Indian journal of veterinary science and animal husbandry - Volumes 22-23, 1952-1953
Year: 1952
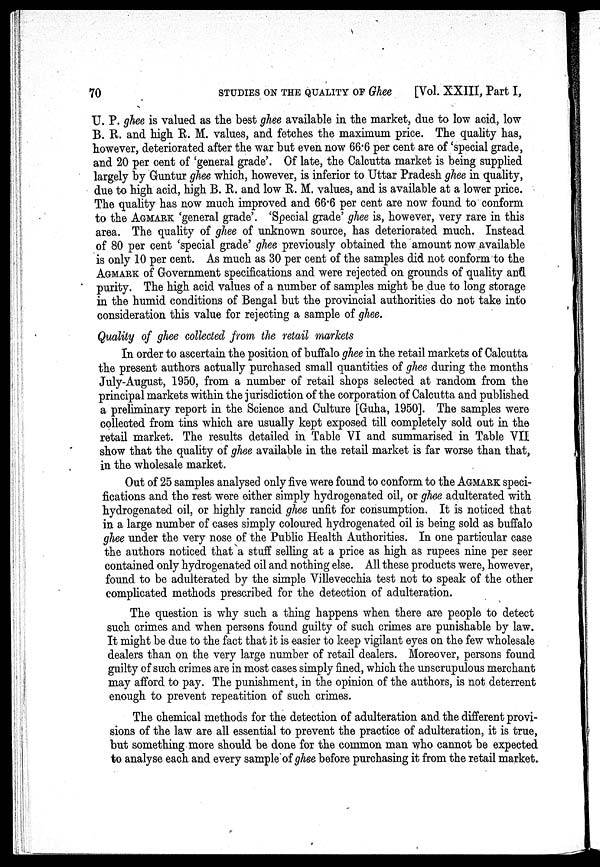
70
STUDIES
ON
THE
QUALITY
OF
Ghee [Vol. XXIII, Part I,
U. P. ghee is valued as the best ghee available in the market, due to low acid, low
B. R. and high R. M. values, and fetches the maximum price. The quality has,
however, deteriorated after the war but even now 66.6 per cent are of 'special grade,
and 20 per cent of 'general grade'. Of late, the Calcutta market is being supplied
largely by Guntur ghee which, however, is inferior to Uttar Pradesh ghee in quality,
due to high acid, high B. R. and low R. M. values, and is available at a lower price.
The quality has now much improved and 66.6 per cent are now found to conform
to the AGMARK 'general grade'. 'Special grade' ghee is, however, very rare in this
area. The quality of ghee of unknown source, has deteriorated much. Instead
of 80 per cent 'special grade' ghee previously obtained the amount now available
is only 10 per cent. As much as 30 per cent of the samples did not conform to the
AGMARK of Government specifications and were rejected on grounds of quality and
purity. The high acid values of a number of samples might be due to long storage
in the humid conditions of Bengal but the provincial authorities do not take into
consideration this value for rejecting a sample of ghee.
Quality of ghee collected from the retail markets
In order to ascertain the position of buffalo ghee in the retail markets of Calcutta
the present authors actually purchased small quantities of ghee during the months
July-August, 1950, from a number of retail shops selected at random from the
principal markets within the jurisdiction of the corporation of Calcutta and published
a preliminary report in the Science and Culture [Guha, 1950]. The samples were
collected from tins which are usually kept exposed till completely sold out in the
retail market. The results detailed in Table VI and summarised in Table VII
show that the quality of ghee available in the retail market is far worse than that,
in the wholesale market.
Out of 25 samples analysed only five were found to conform to the AGMARK speci-
fications and the rest were either simply hydrogenated oil, or ghee adulterated with
hydrogenated oil, or highly rancid ghee unfit for consumption. It is noticed that
in a large number of cases simply coloured hydrogenated oil is being sold as buffalo
ghee under the very nose of the Public Health Authorities. In one particular case
the authors noticed that a stuff selling at a price as high as rupees nine per seer
contained only hydrogenated oil and nothing else. All these products were, however,
found to be adulterated by the simple Villevecchia test not to speak of the other
complicated methods prescribed for the detection of adulteration.
The question is why such a thing happens when there are people to detect
such crimes and when persons found guilty of such crimes are punishable by law.
It might be due to the fact that it is easier to keep vigilant eyes on the few wholesale
dealers than on the very large number of retail dealers. Moreover, persons found
guilty of such crimes are in most cases simply fined, which the unscrupulous merchant
may afford to pay. The punishment, in the opinion of the authors, is not deterrent
enough to prevent repeatition of such crimes.
The chemical methods for the detection of adulteration and the different provi-
sions of the law are all essential to prevent the practice of adulteration, it is true,
but something more should be done for the common man who cannot be expected
to analyse each and every sample of ghee before purchasing it from the retail market.